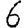
Digit: 6